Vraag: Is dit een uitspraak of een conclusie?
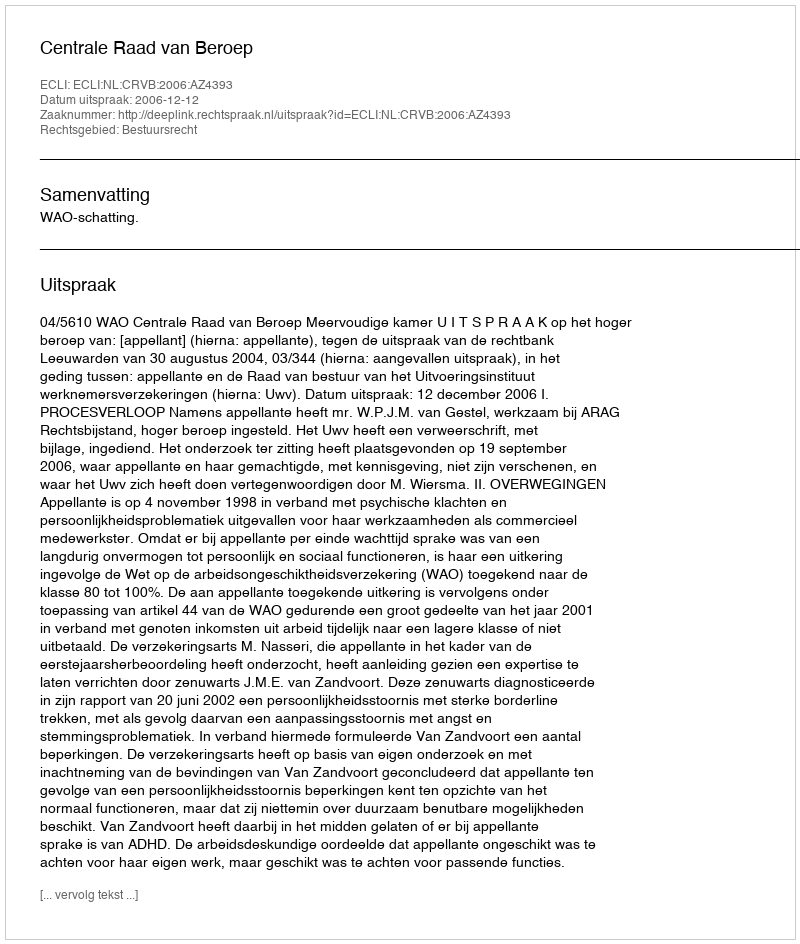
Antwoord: Uitspraak